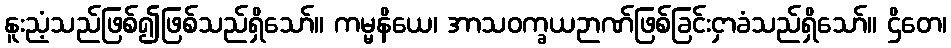
နူးညံ့သည်ဖြစ်၍ဖြစ်သည်ရှိသော်။ ကမ္မနိယေ၊ အာသဝက္ခယဉာဏ်ဖြစ်ခြင်းငှာခံသည်ရှိသော်။ ဌိတေ၊